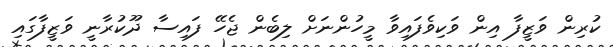
ކުރިން ވަޒީފާ އިން ވަކިވެފައިވާ މީހުންނަށް ލިބެން ޖެހޭ ފައިސާ ދޫކުރާނީ ވަޒީފާގައި